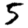
Digit: 5